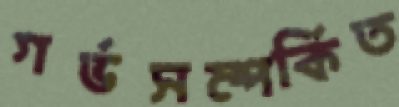
গর্ভসম্পর্কিত